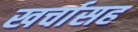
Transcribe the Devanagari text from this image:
खर्चासह